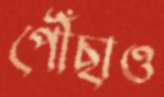
পৌঁছাও